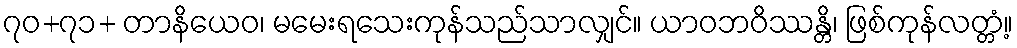
၇၀+၇၁+ တာနိယေဝ၊ မမေးရသေးကုန်သည်သာလျှင်။ ယာဝဘဝိဿန္တိ၊ ဖြစ်ကုန်လတ္တံ့။